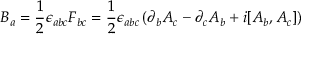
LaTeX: B _ { a } = { \frac { 1 } { 2 } } \epsilon _ { a b c } F _ { b c } = { \frac { 1 } { 2 } } \epsilon _ { a b c } \left( \partial _ { b } A _ { c } - \partial _ { c } A _ { b } + i [ A _ { b } , A _ { c } ] \right)